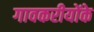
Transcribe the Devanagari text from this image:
गावकरीयोंके